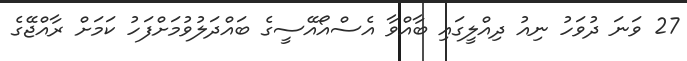
27 ވަނަ ދުވަހު ނިއު ދިއްލީގައި ބާއްވާ އެސްއޯއޭސީގެ ބައްދަލުވުމަށްފަހު ކަމަށް ރާއްޖޭގެ